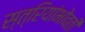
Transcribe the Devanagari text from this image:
स्त्रियांभोवती